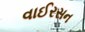
વાઈરસન